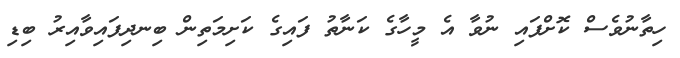
ހިތާނުވެސް ކޮށްފައި ނުވާ އެ މީހާގެ ކަނާތު ފައިގެ ކަށިމަތިން ބިނދިފައިވާއިރު ބިޑި